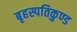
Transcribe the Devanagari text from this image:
बृहस्पतिकुण्ड